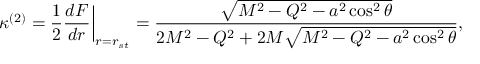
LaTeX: \left. \kappa ^ { ( 2 ) } = \frac { 1 } { 2 } \frac { d F } { d r } \right| _ { r = r _ { s t } } = \frac { \sqrt { M ^ { 2 } - Q ^ { 2 } - a ^ { 2 } \cos ^ { 2 } \theta } } { 2 M ^ { 2 } - Q ^ { 2 } + 2 M \sqrt { M ^ { 2 } - Q ^ { 2 } - a ^ { 2 } \cos ^ { 2 } \theta } } ,